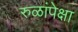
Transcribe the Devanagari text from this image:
रुळांपेक्षा